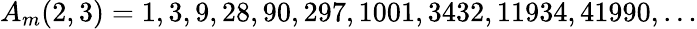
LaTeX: A_{m}(2,3)=1,3,9,28,90,297,1001,3432,11934,41990,\ldots